Scottish Leaving Certificate Examination, 1959
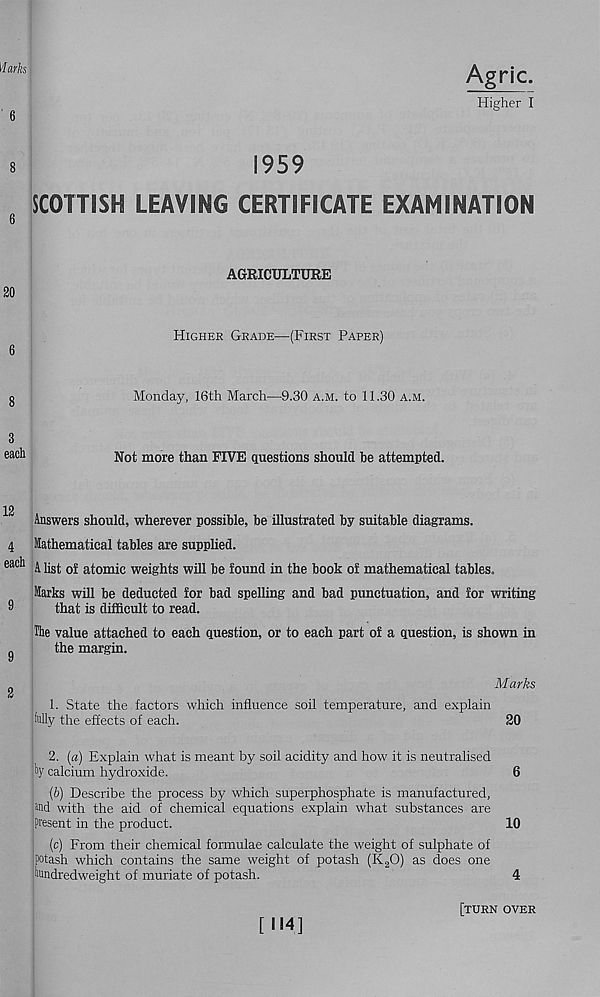
6
Higher I
8
1959
SCOTTISH LEAVING CERTIFICATE EXAMINATION
6
AGRICULTURE
Higher Grade—(First Paper)
Monday, 16th March—9.30 a.m. to 11.30 a.m.
3
each
Not more than FIVE questions should be attempted.
12 Answers should, wherever possible, be illustrated by suitable diagrams.
4 Mathematical tables are supplied.
eac * 1 A list of atomic weights will be found in the book of mathematical tables,
Marks will be deducted for bad spelling and bad punctuation, and for writing
9
that is difficult to read.
The value attached to each question, or to each part of a question, is shown in
„
the margin.
1. State the factors which influence soil temperature, and explain
;fully the effects of each.
Marks
20
2. [a) Explain what is meant by soil acidity and how it is neutralised
ly calcium hydroxide.
6
(6) Describe the process by which superphosphate is manufactured,
and with the aid of chemical equations explain what substances are
present in the product.
10
(c) From their chemical formulae calculate the weight of sulphate of
Potash which contains the same weight of potash (K 2 0) as does one
hundredweight of muriate of potash.
4
[114]
[turn over